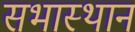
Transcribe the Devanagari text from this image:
सभास्थान